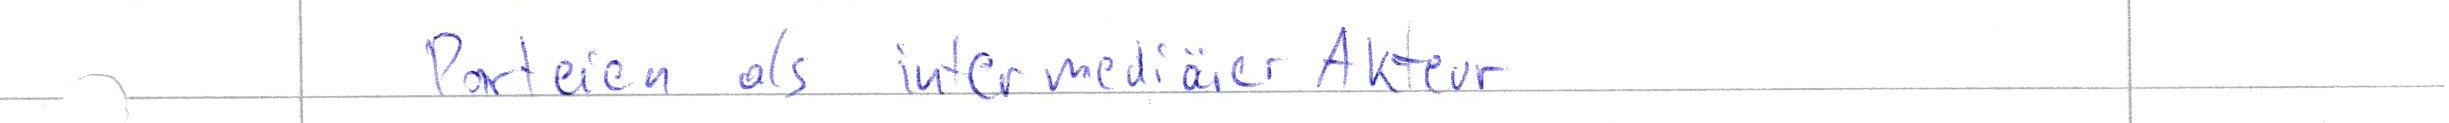
Parteien als intermediärer Akteur